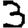
Digit: 3